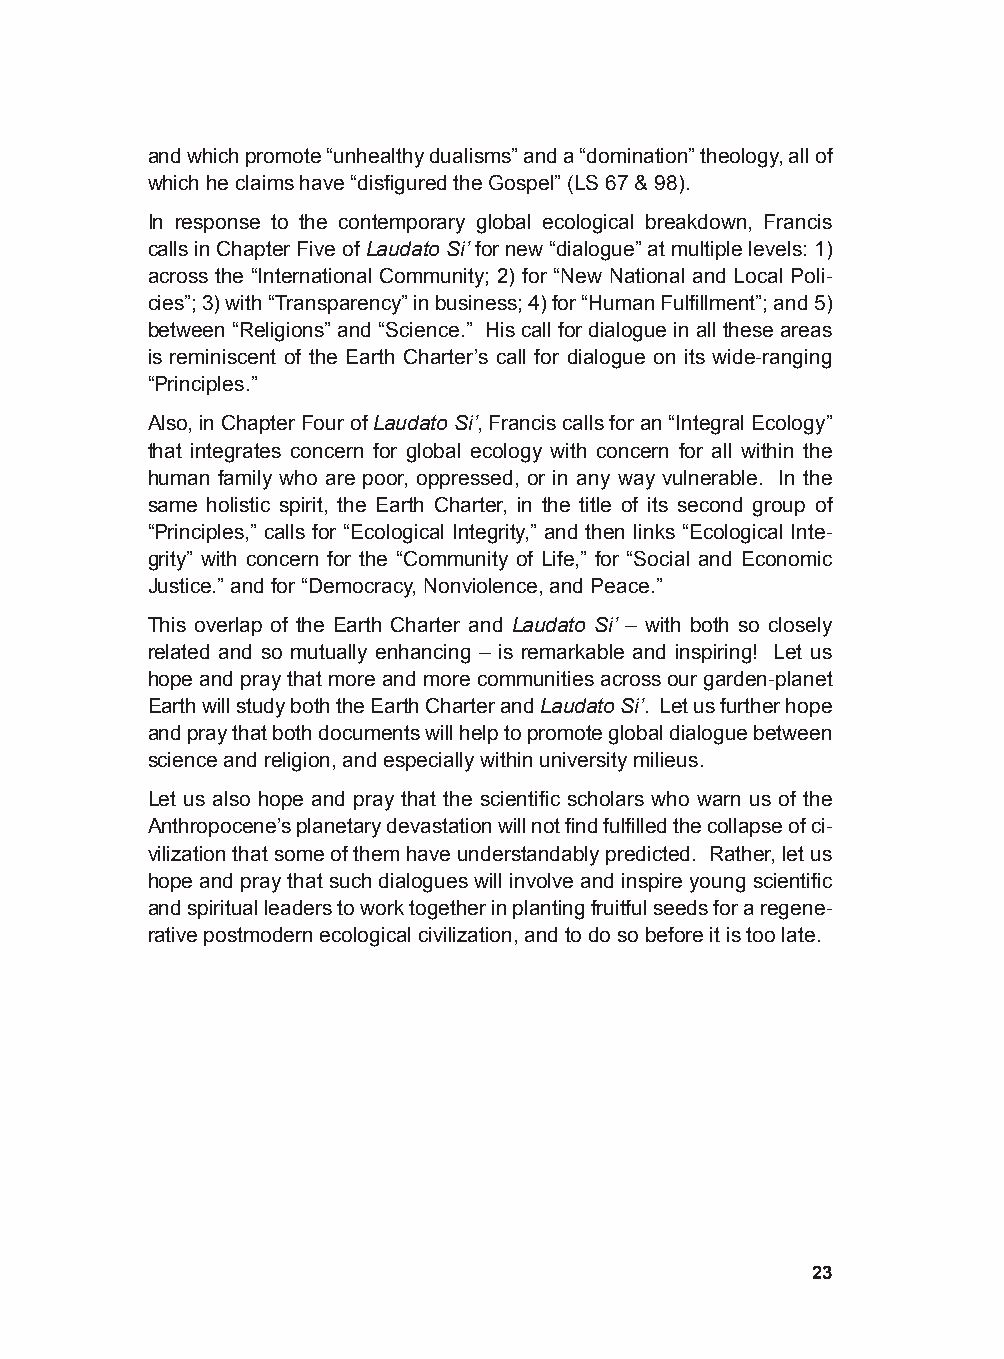
and which promote “unhealthy dualisms” and a “domination” theology, all of
 which he claims have “disfigured the Gospel” (LS 67 & 98).
 In response to the contemporary global ecological breakdown, Francis
 calls in Chapter Five of Laudato Si’ for new “dialogue” at multiple levels: 1)
 across the “International Community; 2) for “New National and Local Poli-
 cies”; 3) with “Transparency” in business; 4) for “Human Fulfillment”; and 5)
 between “Religions” and “Science.” His call for dialogue in all these areas
 is reminiscent of the Earth Charter’s call for dialogue on its wide-ranging
 “Principles.”
 Also, in Chapter Four of Laudato Si’, Francis calls for an “Integral Ecology”
 that integrates concern for global ecology with concern for all within the
 human family who are poor, oppressed, or in any way vulnerable. In the
 same holistic spirit, the Earth Charter, in the title of its second group of
 “Principles,” calls for “Ecological Integrity,” and then links “Ecological Inte-
 grity” with concern for the “Community of Life,” for “Social and Economic
 Justice.” and for “Democracy, Nonviolence, and Peace.”
 This overlap of the Earth Charter and Laudato Si’ – with both so closely
 related and so mutually enhancing – is remarkable and inspiring! Let us
 hope and pray that more and more communities across our garden-planet
 Earth will study both the Earth Charter and Laudato Si’. Let us further hope
 and pray that both documents will help to promote global dialogue between
 science and religion, and especially within university milieus.
 Let us also hope and pray that the scientific scholars who warn us of the
 Anthropocene’s planetary devastation will not find fulfilled the collapse of ci-
 vilization that some of them have understandably predicted. Rather, let us
 hope and pray that such dialogues will involve and inspire young scientific
 and spiritual leaders to work together in planting fruitful seeds for a regene-
 rative postmodern ecological civilization, and to do so before it is too late.
 23